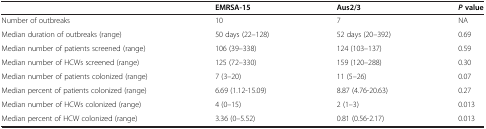
<table><thead><tr><td><b> </b></td><td><b>EMRSA-15</b></td><td><b>Aus2/3</b></td><td><b><i>P</i>value</b></td></tr></thead><tbody><tr><td>Number of outbreaks</td><td>10</td><td>7</td><td>NA</td></tr><tr><td>Median duration of outbreaks (range)</td><td>50 days (22–128)</td><td>52 days (20–392)</td><td>0.69</td></tr><tr><td>Median number of patients screened (range)</td><td>106 (39–338)</td><td>124 (103–137)</td><td>0.59</td></tr><tr><td>Median number of HCWs screened (range)</td><td>125 (72–330)</td><td>159 (120–288)</td><td>0.30</td></tr><tr><td>Median number of patients colonized (range)</td><td>7 (3–20)</td><td>11 (5–26)</td><td>0.07</td></tr><tr><td>Median percent of patients colonized (range)</td><td>6.69 (1.12-15.09)</td><td>8.87 (4.76-20.63)</td><td>0.27</td></tr><tr><td>Median number of HCWs colonized (range)</td><td>4 (0–15)</td><td>2 (1–3)</td><td>0.013</td></tr><tr><td>Median percent of HCW colonized (range)</td><td>3.36 (0–5.52)</td><td>0.81 (0.56-2.17)</td><td>0.013</td></tr></tbody></table>